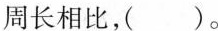
周长相比，( )。